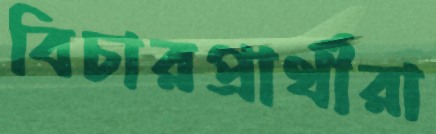
বিচারপ্রার্থীরা